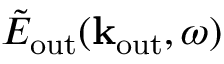
\tilde { E } _ { \mathrm { o u t } } ( { \bf k } _ { \mathrm { o u t } } , \omega )